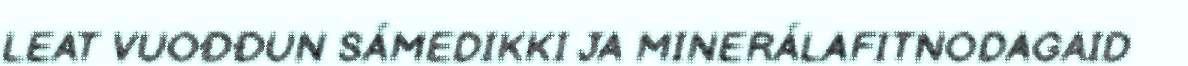
LEAT VUOĐĐUN SÁMEDIKKI JA MINERÁLAFITNODAGAID